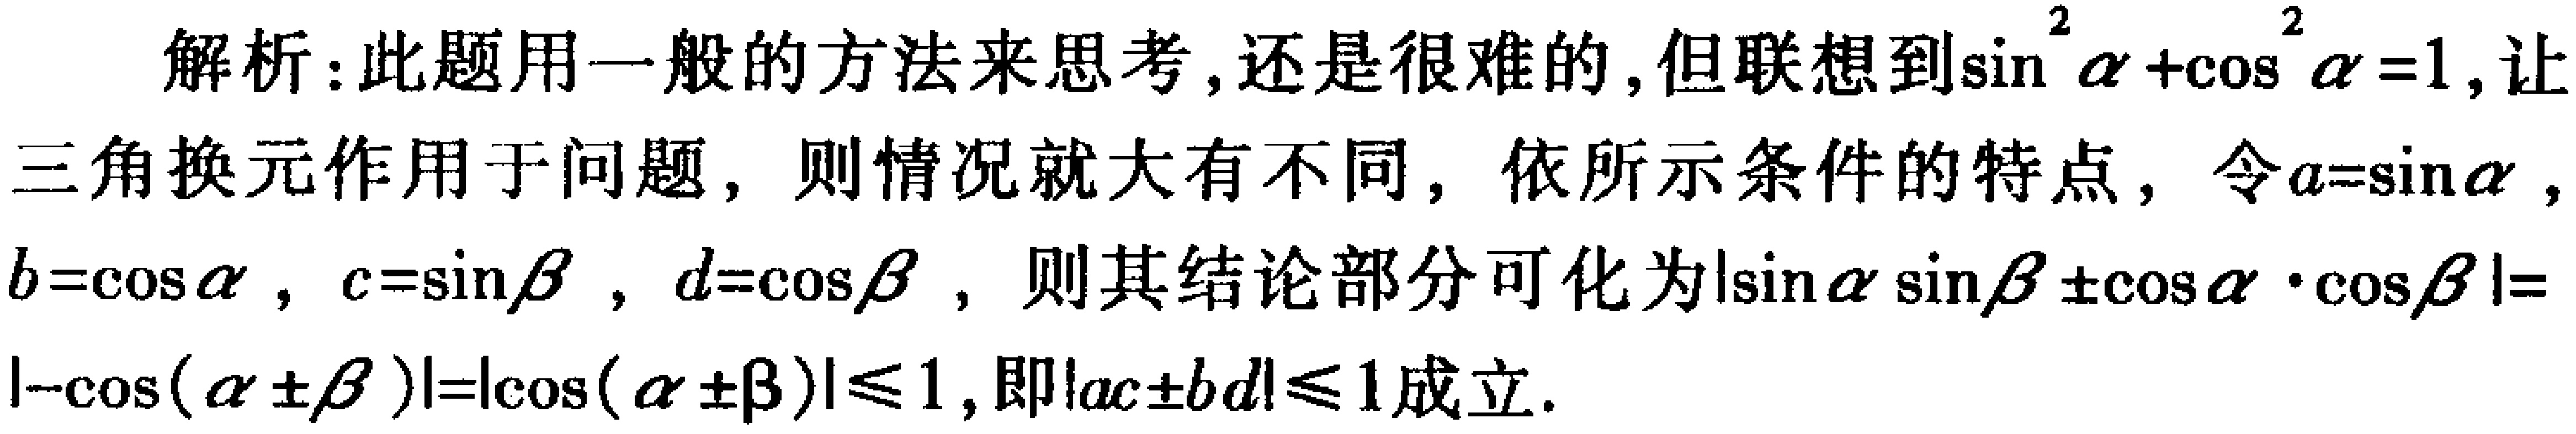
解析：此题用一般的方法来思考, 还是很难的, 但联想到\(\sin^{2}\alpha+\cos^{2}\alpha = 1\), 让三角换元作用于问题, 则情况就大有不同, 依所示条件的特点, 令\(a = \sin\alpha\), \(b=\cos\alpha\), \(c = \sin\beta\), \(d=\cos\beta\), 则其结论部分可化为\(|\sin\alpha\sin\beta\pm\cos\alpha\cdot\cos\beta|=|-\cos(\alpha\pm\beta)|=|\cos(\alpha\pm\beta)|\leq1\), 即\(|ac\pm bd|\leq1\)成立.